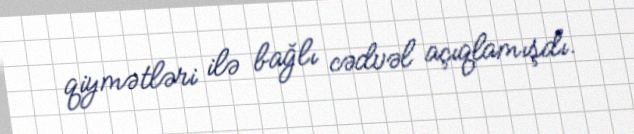
qiymətləri ilə bağlı cədvəl açıqlamışdı.